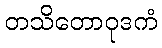
တသိတောဝုဒကံ